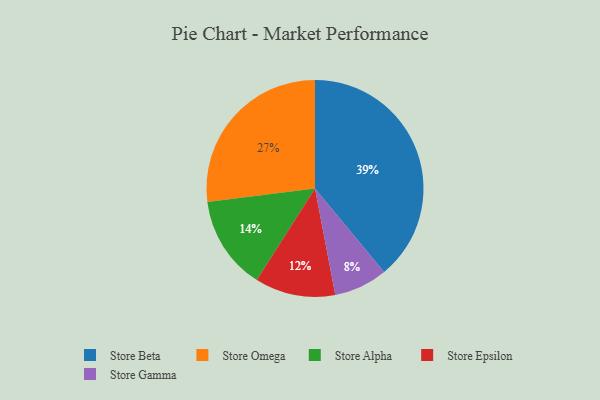
{"axis": {"x": "Category", "y": "Percentage"}, "legend": ["Store Alpha", "Store Beta", "Store Epsilon", "Store Gamma", "Store Omega"], "data": [{"x": "Store Epsilon", "y": 12, "type": "Store Epsilon"}, {"x": "Store Gamma", "y": 8, "type": "Store Gamma"}, {"x": "Store Alpha", "y": 14, "type": "Store Alpha"}, {"x": "Store Beta", "y": 39, "type": "Store Beta"}, {"x": "Store Omega", "y": 27, "type": "Store Omega"}]}